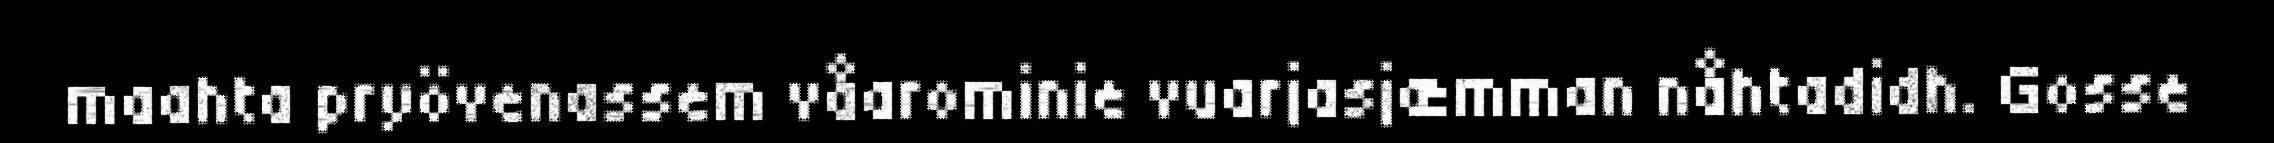
maahta pryövenassem våarominie vuarjasjæmman nåhtadidh. Gosse